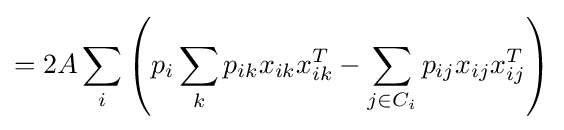
=2A\sum _{i}\left(p_{i}\sum _{k}p_{ik}x_{ik}x_{ik}^{T}-\sum _{j\in C_{i}}p_{ij}x_{ij}x_{ij}^{T}\right)